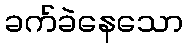
ခက်ခဲနေသော